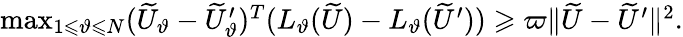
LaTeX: \begin{array}{r}{\operatorname*{max}_{1\leqslant\vartheta\leqslant N}(\widetilde{U}_{\vartheta}-\widetilde{U}_{\vartheta}^{\prime})^{T}(L_{\vartheta}(\widetilde{U})-L_{\vartheta}(\widetilde{U}^{\prime}))\geqslant\varpi\| \widetilde{U}-\widetilde{U}^{\prime}\| ^{2}.}\end{array}